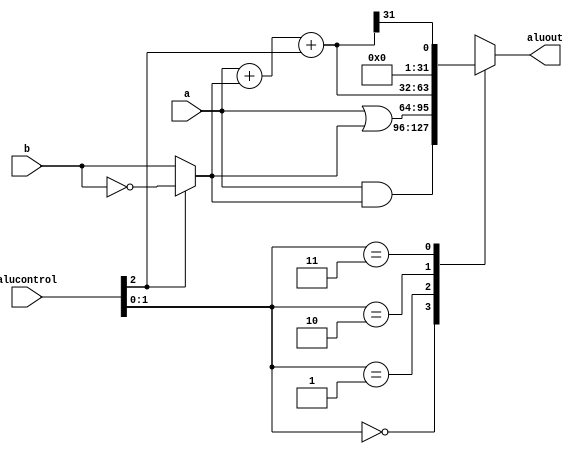
module alu_p(input [31:0] a,b,
	input [2:0] alucontrol,
	output reg [31:0] aluout);

wire [31:0] s,bb;

assign bb = alucontrol[2] ? ~b : b;
assign s = a + bb + alucontrol[2];

always @(*)
	case(alucontrol[1:0])
		2'b00: aluout <= a & bb;
		2'b01: aluout <= a | bb;
		2'b10: aluout <= s;
		2'b11: aluout <= s[31];
	endcase
endmodule